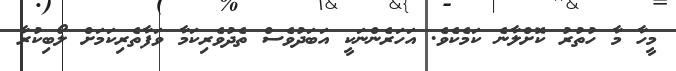
މީހާ މާ ހުތުރު ކޮށްލާނެ ކަމެކެވެ. އަހަރެންނަކީ އަބަދުވެސް ތެދުވެރިކަމާ ވަފާތެރިކަމަށް ލޯބިކުރާ